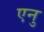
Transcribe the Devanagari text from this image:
एनु